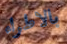
بالاطراء